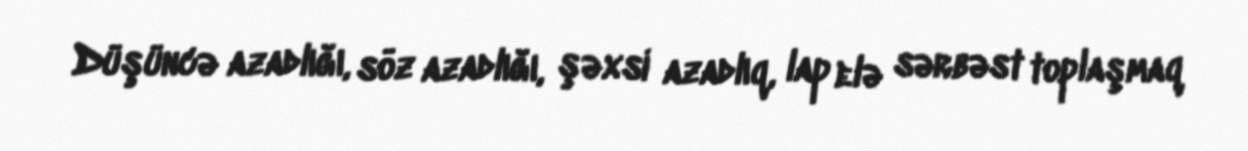
Düşüncə azadlığı, söz azadlığı, şəxsi azadlıq, lap elə sərbəst toplaşmaq